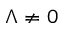
\Lambda \neq 0